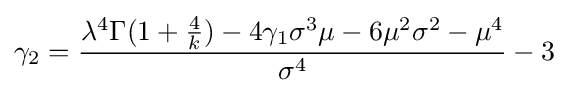
\gamma _{2}={\frac {\lambda ^{4}\Gamma (1+{\frac {4}{k}})-4\gamma _{1}\sigma ^{3}\mu -6\mu ^{2}\sigma ^{2}-\mu ^{4}}{\sigma ^{4}}}-3